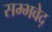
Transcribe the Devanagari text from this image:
सम्भवेद्